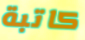
كاتبة